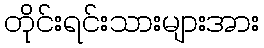
တိုင်းရင်းသားများအား